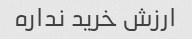
ارزش خرید نداره